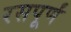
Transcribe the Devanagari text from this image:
रसपूर्णं